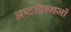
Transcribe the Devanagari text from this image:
अष्टदिग्गजों